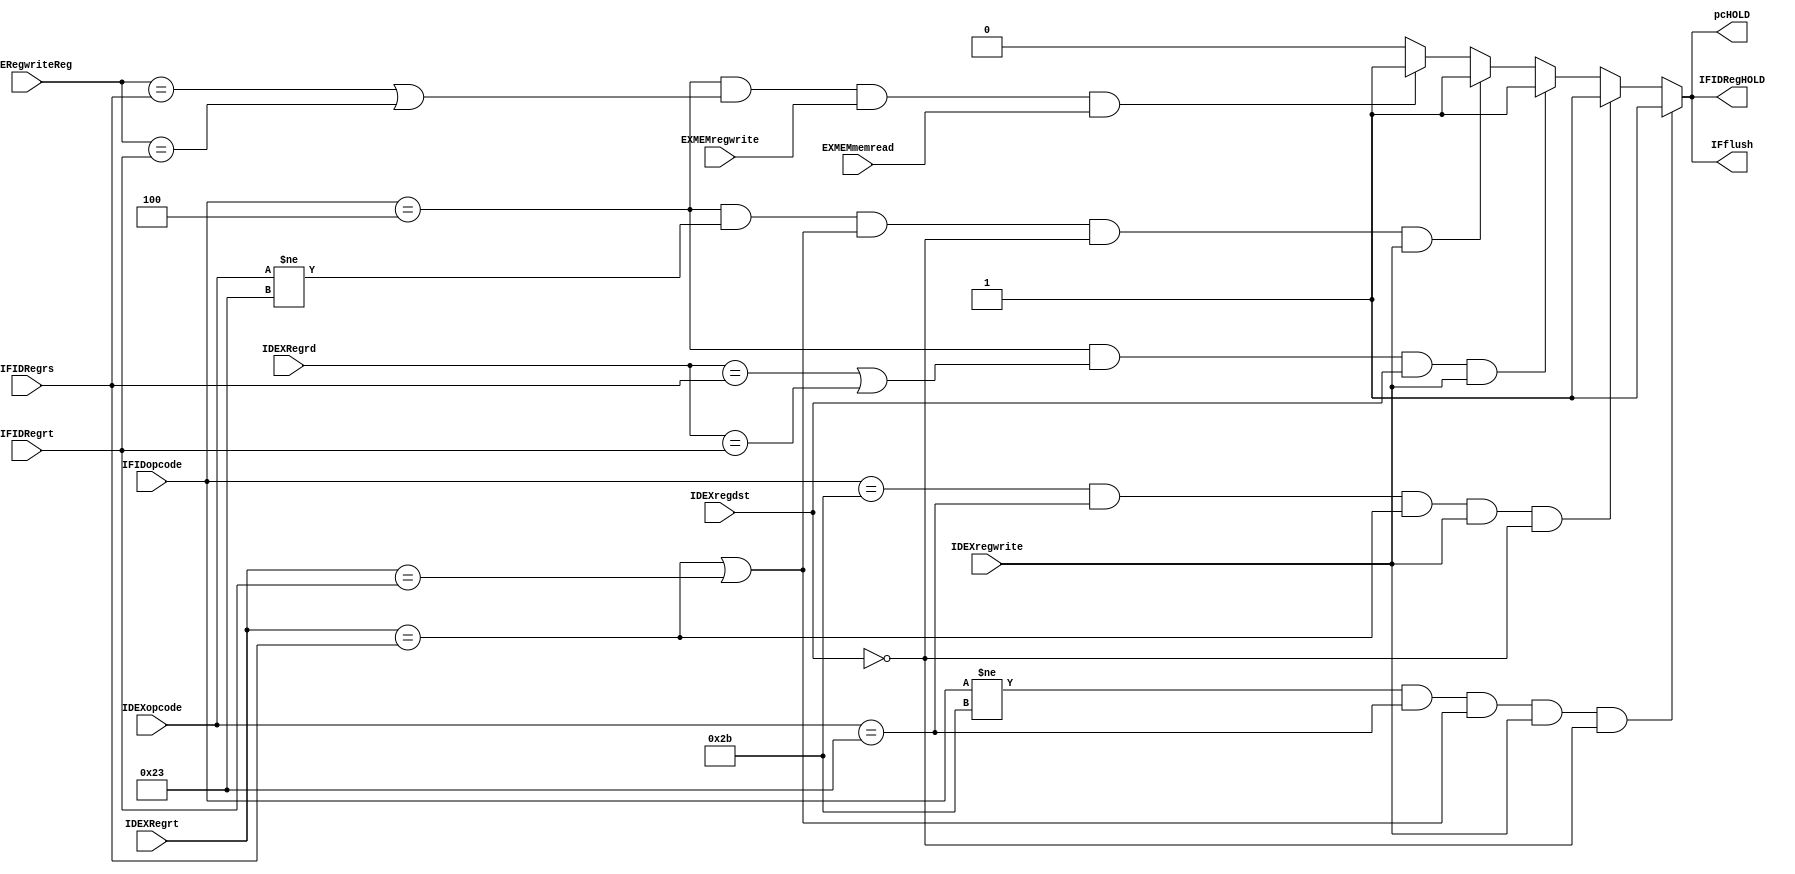
module hazardDetectionUnit ( input [4:0]IFIDRegrs , input [4:0]IFIDRegrt , input [4:0]IDEXRegrt ,input [4:0]IDEXRegrd ,input [4:0] EXMERegwriteReg,
 input [5:0] IFIDopcode ,input [5:0] IDEXopcode,input IDEXregwrite ,input IDEXregdst,input EXMEMregwrite , input EXMEMmemread ,
 output reg IFIDRegHOLD , output reg pcHOLD ,output reg IFflush);

parameter beqOPcode = 6'b000100 ;
parameter lwOPcode = 6'b100011 , R_format = 6'b000000 , swOPcode = 6'b101011 ;

initial
begin
IFIDRegHOLD =0;
pcHOLD =0;
IFflush=0;
end

always@(*)
begin
if (/*IFIDopcode==R_format&&*/IFIDopcode!=swOPcode&&IDEXopcode==lwOPcode &&((IDEXRegrt == IFIDRegrs) || (IDEXRegrt == IFIDRegrt)) && IDEXregwrite==1 && IDEXregdst ==0) //stall after lw instruction
begin
IFIDRegHOLD=1;
pcHOLD=1;
IFflush=1;
end
else if (IFIDopcode==swOPcode&&IDEXopcode==lwOPcode &&((IDEXRegrt == IFIDRegrs) ) && IDEXregwrite==1 && IDEXregdst ==0) //stall sw dependency on lw instruction
begin
IFIDRegHOLD=1;
pcHOLD=1;
IFflush=1;
end
else if (IFIDopcode==beqOPcode && ((IDEXRegrd == IFIDRegrs) || (IDEXRegrd == IFIDRegrt))&& IDEXregdst ==1 && IDEXregwrite==1 ) //@ beq stall after R-format instruction 
begin
IFIDRegHOLD=1;
pcHOLD=1;
IFflush=1;	
end
else if (IFIDopcode==beqOPcode && IDEXopcode!=lwOPcode&&((IDEXRegrt == IFIDRegrs) || (IDEXRegrt == IFIDRegrt))&& IDEXregdst ==0 && IDEXregwrite==1 ) //@ beq stall after i-format instruction 
begin
IFIDRegHOLD=1;
pcHOLD=1;
IFflush=1;	
end
else if (IFIDopcode==beqOPcode && ((EXMERegwriteReg == IFIDRegrs) || (EXMERegwriteReg == IFIDRegrt)) && EXMEMregwrite==1 && EXMEMmemread ==1) //@beq second stall after lw instruction
begin
IFIDRegHOLD=1;
pcHOLD=1;
IFflush=1;
end
/*else if (IDEXopcode==beqOPcode && ((IDEXRegrt == IFIDRegrs) || (IDEXRegrt == IFIDRegrt)) ) //control hazard
begin
IFIDRegHOLD=0;
pcHOLD=0;
IFflush=1;
end*/

else
begin
//controlMUX=0;
IFIDRegHOLD=0;
pcHOLD=0;
IFflush=0;
end

end


endmodule


module hazardUnitTB ;

reg [4:0]IFIDRegrs ;
reg [4:0]IFIDRegrt ;
reg [4:0]IDEXRegrt ;
reg [4:0]IDEXRegrd ;
reg [4:0] EXMERegwriteReg;
reg [5:0] IFIDopcode ;
reg [5:0] IDEXopcode;
reg IDEXregwrite ;
reg IDEXregdst;
reg EXMEMregwrite ;
reg EXMEMmemread ;




wire IFIDRegHOLD;
wire pcHOLD ;
wire IFflush ;

initial
begin

$monitor ("IFIDRegrs=%d IFIDRegrt=%d ; IDEXRegrt=%d; IDEXRegrd=%d,EXMERegwriteReg=%d,IFIDopcode=%d,IDEXopcode= %d,IDEXregwrite = %d,IDEXregdst=%d,EXMEMregwrite =%d,EXMEMmemread=%d \n IFIDRegHOLD=%d ,  pcHOLD=%d , IFflush=%d " , IFIDRegrs,IFIDRegrt,IDEXRegrt,IDEXRegrd,EXMERegwriteReg,IFIDopcode,IDEXopcode,IDEXregwrite,IDEXregdst,EXMEMregwrite,EXMEMmemread, IFIDRegHOLD ,  pcHOLD , IFflush );

#10
IFIDRegrs=7 ;
IFIDRegrt=8 ;
IDEXRegrt=14;
IDEXRegrd=22;
EXMERegwriteReg=1;
IFIDopcode= 6'b000100 ; //beq
IDEXopcode= 0;
IDEXregwrite = 1;
IDEXregdst=0;
EXMEMregwrite =1;
EXMEMmemread=0;


#10
IFIDRegrs=7 ;
IFIDRegrt=8 ;
IDEXRegrt=7;
IDEXRegrd=22;
EXMERegwriteReg=15;
IFIDopcode= 0 ; //rformat
IDEXopcode= 6'b100011 ; //lw
IDEXregwrite = 1;
IDEXregdst=0;
EXMEMregwrite =1;
EXMEMmemread=0;

#10
IFIDRegrs=7 ;
IFIDRegrt=8 ;
IDEXRegrt=7;
IDEXRegrd=22;
EXMERegwriteReg=15;
IFIDopcode= 4 ; //beq
IDEXopcode= 35 ; //lw
IDEXregwrite = 1;
IDEXregdst=0;
EXMEMregwrite =1;
EXMEMmemread=0;
#10
IFIDRegrs=1 ;
IFIDRegrt=8 ;
IDEXRegrt=1;
IDEXRegrd=22;
EXMERegwriteReg=0;
IFIDopcode= 0 ; //rformat
IDEXopcode= 35 ; //lw
IDEXregwrite = 1;
IDEXregdst=0;
EXMEMregwrite =1;
EXMEMmemread=1;

end

//hazardDetectionUnit  hazardUnitTEST ( IFIDRegrs , IFIDRegrt , IDEXRegrt , OPcode , IFIDRegHOLD , pcHOLD ,IFflush);
hazardDetectionUnit  hazardUnitTEST (IFIDRegrs ,IFIDRegrt ,IDEXRegrt ,IDEXRegrd ,EXMERegwriteReg,
IFIDopcode ,IDEXopcode,IDEXregwrite , IDEXregdst, EXMEMregwrite , EXMEMmemread , 
IFIDRegHOLD , pcHOLD , IFflush);
endmodule